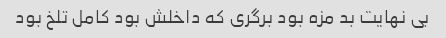
بی نهایت بد مزه بود برگری که داخلش بود کامل تلخ بود